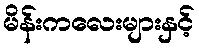
မိန်းကလေးများနှင့်